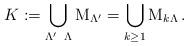
LaTeX: \begin{gather*}K:= \bigcup_{\Lambda' \; \; \Lambda} \operatorname{M}_{\Lambda'} =\bigcup_{k \geq 1} \operatorname{M}_{k \Lambda}.\end{gather*}